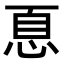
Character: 𢚧